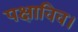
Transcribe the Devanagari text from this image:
पक्षाविव।